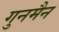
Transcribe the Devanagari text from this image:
गुनमैन